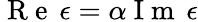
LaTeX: {\mathrm{~R~e~}\, \epsilon=\alpha\mathrm{~I~m~}\, \epsilon}